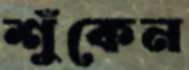
শুঁকেন